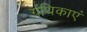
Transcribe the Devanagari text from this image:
ग्रंथिकाएं